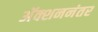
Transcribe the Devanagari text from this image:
अॅक्शननंतर